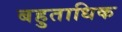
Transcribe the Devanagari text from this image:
बहुताधिक